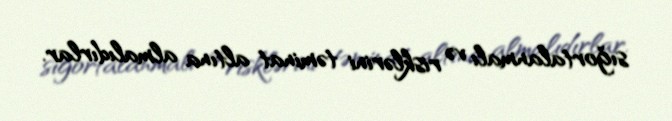
sığortalanmalı və risklərini təminat altına almalıdırlar.